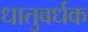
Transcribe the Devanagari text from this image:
धातुवर्धक